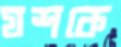
যশকে